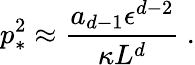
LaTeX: p_{*}^{2}\approx{\frac{a_{d-1}\epsilon^{d-2}}{\kappa L^{d}}}~.